Vaccination in Burma 1920-1933 - 1920-1933
Year: 1920
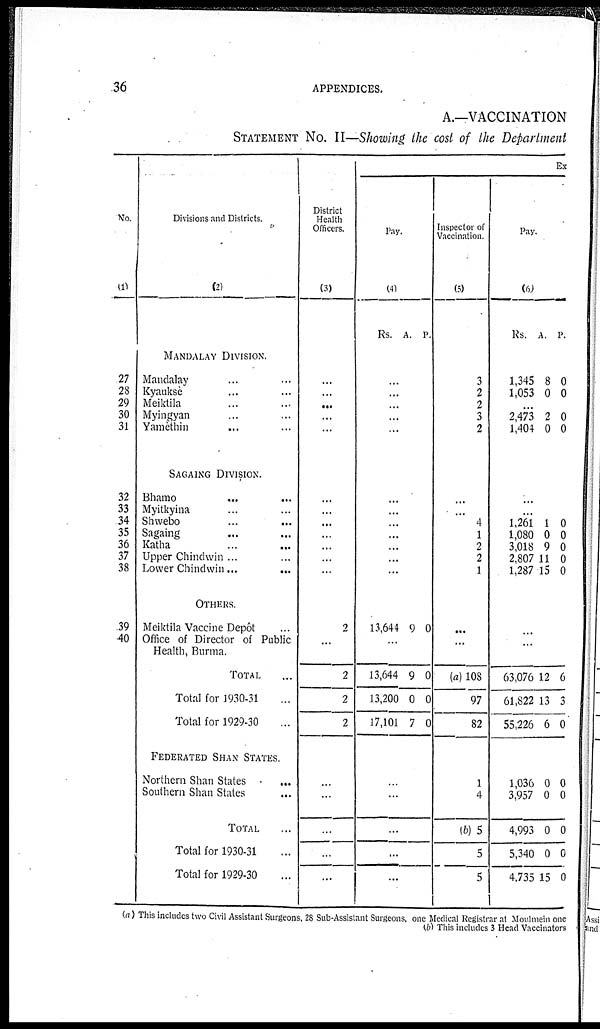
36
APPENDICES.
A.—VACCINATION
STATEMENT NO. II—Showing the cost of the Department
No.
(1)
27
28
29
30
31
32
33
34
35
36
37
38
39
40
Divisions and Districts.
(2)
MANDALAY DIVISION.
Mandalay ... ...
Kyauksè ... ...
Meiktila ... ...
Myingyan ... ...
Yamèthin ... ...
SAGAING DIVISION.
Bhamo
...
...
Myitkyina ... ...
Shwebo
...
...
Sagaing ... ...
Katha ... ...
Upper Chindwin ... ...
Lower Chindwin ...
...
OTHERS.
Meiktila Vaccine Depôt ...
Office of Director of Public
Health, Burma.
TOTAL ...
Total for 1930-31 ...
Total for 1929-30 ...
FEDERATED SHAN STATES.
Northern Shan States
...
Southern Shan States ...
TOTAL ...
Total for 1930-31 ...
Total for 1929-30 ...
District
Health
Officers.
(3)
...
...
...
...
...
...
...
...
...
...
...
...
2
...
2
2
2
...
...
...
...
...
Ex
Pay.
(4)
Rs. A. P.
...
...
...
...
...
...
...
...
...
...
...
...
13,644 9 0
...
13,644
13,200
17,101
9
0
7
0
0
0
...
...
...
...
...
Inspector of
Vaccination.
(5)
3
2
2
3
2
...
...
4
1
2
2
1
...
...
(a) 108
97
82
1
4
(b) 5
5
5
Pay.
(6)
Rs. A. P.
1,345
1,053
8
0
0
0
...
2,473
1,404
2
0
0
0
...
...
1,261
1,080
3,018
2,807
1,287
1
0
9
11
15
0
0
0
0
0
...
...
63,076
61,822
55,226
12
13
6
6
3
0
1,036
3,957
4,993
5,340
4,735
0
0
0
0
15
0
0
0
0
0
(a) This includes two Civil Assistant Surgeons, 28 Sub-Assistant Surgeons, one Medical Registrar at Moulmein one
(b) This includes 3 Head Vaccinators